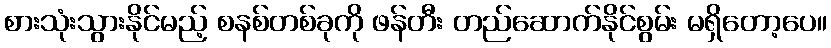
စားသုံးသွားနိုင်မည့် စနစ်တစ်ခုကို ဖန်တီး တည်ဆောက်နိုင်စွမ်း မရှိတော့ပေ။